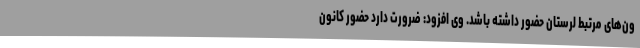
ون‌های مرتبط لرستان حضور داشته باشد. وی افزود: ضرورت دارد حضور کانون